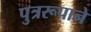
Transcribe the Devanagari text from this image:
पुत्ररूपाने